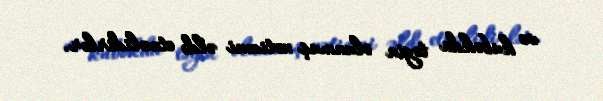
və kubokda təyin olunmuş nəticəni əldə etməlidirlər.